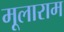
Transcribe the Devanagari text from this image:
मूलाराम